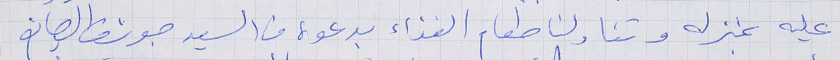
عليه بمنزله وتناولنا طعام الغذاء بدعوة من السيد جوزف الصايغ